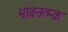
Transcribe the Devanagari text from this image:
भावनत्म्क